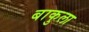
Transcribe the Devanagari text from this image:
बाकुला